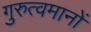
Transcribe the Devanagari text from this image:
गुरुत्वमानों